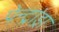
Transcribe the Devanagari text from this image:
पेन्ट्रांड्रा